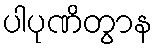
ပါပုဏိတွာန